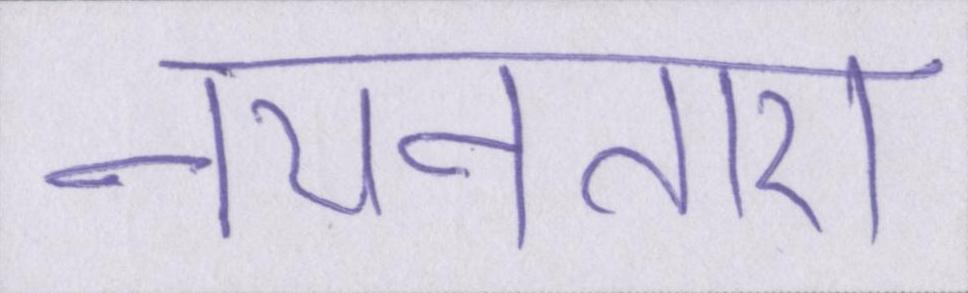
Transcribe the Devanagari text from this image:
नयनतारा